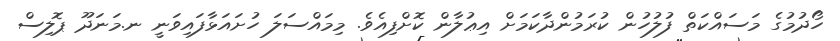
ހޯދުމުގެ މަސައްކަތް ފުލުހުން ކުރަމުންދާކަމަށް އިޢުލާން ކޮށްފިއެވެ. މިމައްސަލަ ހުށައަޅާފައިވަނީ ނ.މަނަދޫ ޕޮލިސް